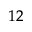
^ { 1 2 }